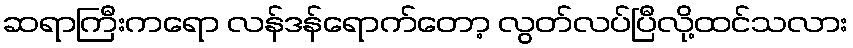
ဆရာကြီးကရော လန်ဒန်ရောက်တော့ လွတ်လပ်ပြီလို့ထင်သလား